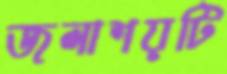
জলাশয়টি